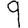
Digit: 9